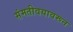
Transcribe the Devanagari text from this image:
संमतीवयावरून